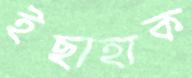
ইছাহাক